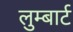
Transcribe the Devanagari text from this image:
लुम्बार्ट